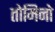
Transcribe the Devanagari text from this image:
तोमिनो